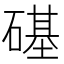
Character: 𥕛